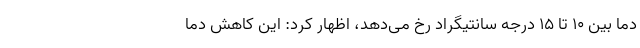
دما بین ۱۰ تا ۱۵ درجه سانتیگراد رخ می‌دهد، اظهار کرد: این کاهش دما